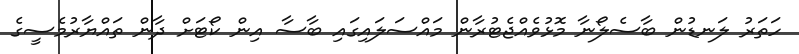
ހަތަރު ލަނޑުން ބާސެލޯނާ މޮޅުވެއްޖެޓުރާން މައްސަލައިގައި ބާސާ އިން ކޯޓަށް ދާން ތައްޔާރުމެސީގެ